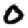
Digit: 0